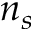
n _ { s }